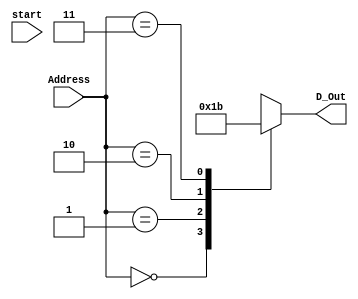

/*

 RIS element /

*/
module   ROM_GPIO (start, Address, D_Out);

input              start;   //  Address 
input     [1:0]    Address; //  RIS 
output  reg  [1:0] D_Out;   //  RIS (GPIO)



//wire  bit 
// DPS 
wire      [1:0]    ROM_Data[3:0]; 




/*
 RIS  ...000...001...010...011...
 ...000  DPS
 DPS  0011011110101111  phase
 phase  00011011 

 (Address) 
 
 Address  DPS 


EX 1.
assign ROM_Data[0] = 4'b0001; //0 :  0th bit DPS
assign ROM_Data[1] = 4'b0010; //1 :  1st bit DPS
assign ROM_Data[2] = 4'b0100; //2 :  2nd bit DPS
assign ROM_Data[3] = 4'b1000; //3 :  3rd bit DPS

EX 2.
assign ROM_Data[0] = 4'b0100; //0 : GPIO = 4
assign ROM_Data[1] = 4'b0111; //1 : GPIO = 7
*/



assign ROM_Data[0] = 2'b00; // 0 (State0~3)
assign ROM_Data[1] = 2'b01; // 1
assign ROM_Data[2] = 2'b10; // 2
assign ROM_Data[3] = 2'b11; // 3


/*
assign ROM_Data[0] = 4'b0000; 
assign ROM_Data[1] = 4'b0001; 
assign ROM_Data[2] = 4'b0010; 
assign ROM_Data[3] = 4'b0011; 
assign ROM_Data[4] = 4'b0100;
assign ROM_Data[5] = 4'b0101; 
assign ROM_Data[6] = 4'b0110; 
assign ROM_Data[7] = 4'b0111; 
assign ROM_Data[8] = 4'b1000;
assign ROM_Data[9] = 4'b1001; 
assign ROM_Data[10] = 4'b1010; 
assign ROM_Data[11] = 4'b1011; 
assign ROM_Data[12] = 4'b1100;
assign ROM_Data[13] = 4'b1101;
assign ROM_Data[14] = 4'b1110;
assign ROM_Data[15] = 4'b1111;
*/

always @(start)                // start = 1 
	D_Out = ROM_Data[Address];  // ROM_Data
	
endmodule